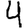
Digit: 4